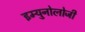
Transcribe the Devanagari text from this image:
इम्युनोलोजी